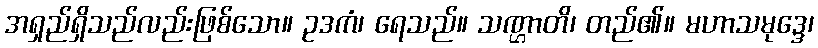
အရှည်ရှိသည်လည်းဖြစ်သော။ ဥဒကံ၊ ရေသည်။ သဏ္ဌာတိ၊ တည်၏။ မဟာသမုဒ္ဒေ၊